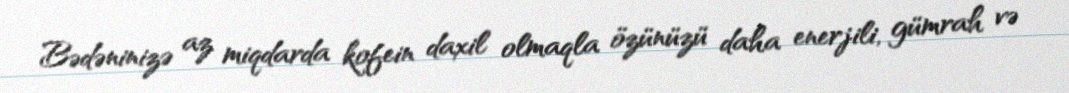
Bədəninizə az miqdarda kofein daxil olmaqla özünüzü daha enerjili, gümrah və